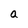
Character: a